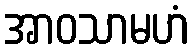
အာဝသာမဟံ